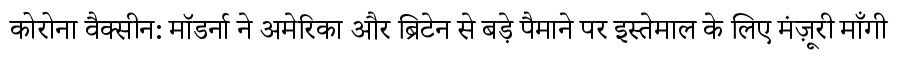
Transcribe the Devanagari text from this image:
कोरोना वैक्सीन: मॉडर्ना ने अमेरिका और ब्रिटेन से बड़े पैमाने पर इस्तेमाल के लिए मंज़ूरी माँगी